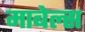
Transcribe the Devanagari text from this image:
माबेल्स